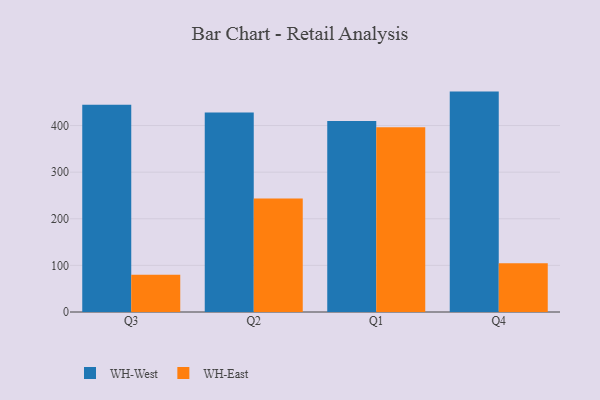
{"axis": {"x": "Quarter", "y": "Gross Profit (USD K)"}, "legend": ["WH-East", "WH-West"], "data": [{"x": "Q3", "y": 444.5, "type": "WH-West"}, {"x": "Q3", "y": 80.0, "type": "WH-East"}, {"x": "Q2", "y": 428.1, "type": "WH-West"}, {"x": "Q2", "y": 243.7, "type": "WH-East"}, {"x": "Q1", "y": 409.9, "type": "WH-West"}, {"x": "Q1", "y": 396.2, "type": "WH-East"}, {"x": "Q4", "y": 472.8, "type": "WH-West"}, {"x": "Q4", "y": 104.4, "type": "WH-East"}]}